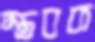
স্তবক